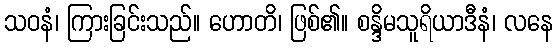
သဝနံ၊ ကြားခြင်းသည်။ ဟောတိ၊ ဖြစ်၏။ စန္ဒိမသူရိယာဒီနံ၊ လနေ